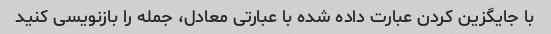
با جایگزین کردن عبارت داده شده با عبارتی معادل، جمله را بازنویسی کنید